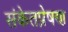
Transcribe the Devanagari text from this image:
संकेतप्रेषण